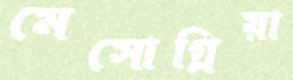
মেসোগ্লিয়া